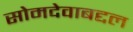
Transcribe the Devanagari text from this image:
सोमदेवाबद्दल